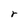
Character: r